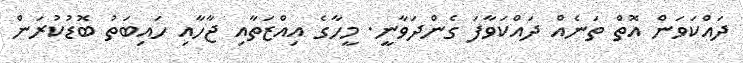
ދައްކަވަން އޮތް ތަނެއް ދައްކަވާފަ ގެންދަވާނީ. މީހާގެ އިއްޒަތާއި ޖާހާއި ހައިބަތު ބޮޑުކުރަން